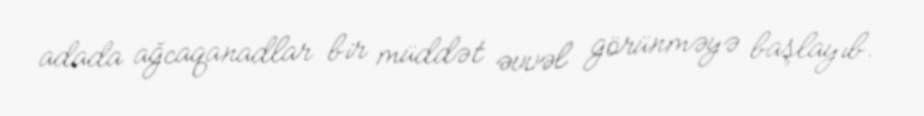
adada ağcaqanadlar bir müddət əvvəl görünməyə başlayıb.